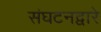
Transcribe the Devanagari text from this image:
संघटनद्वारे